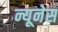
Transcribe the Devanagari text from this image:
न्यूनेस